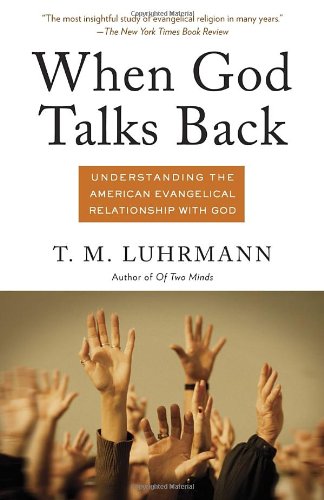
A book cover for When God Talks Back: Understanding the American Evangelical Relationship with God; T.M. Luhrmann; Christian Books & Bibles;